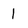
Character: I